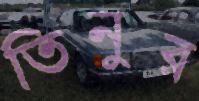
তিনুর